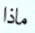
ماذا